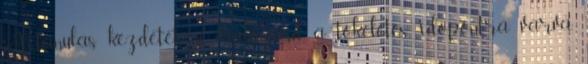
A tanulás kezdetét ne halogasd a tökéletes időpontra várva,